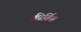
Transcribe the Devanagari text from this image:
कीर्तिश